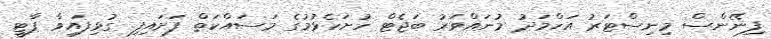
ފިނޭންސް މިނިސްޓަރު އަހްމަދު މުނައްވަރު ބަޖެޓް ހުށަހެޅުމުގެ މަސައްކަތް ފަށައިފި. ގުޅިފައިވާ ޕާޓީ